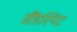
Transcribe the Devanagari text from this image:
सैंडस्पिट